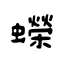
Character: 蠑